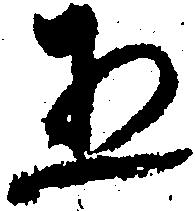
五